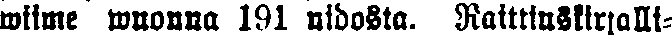
wiime wuonna 191 nidosta. Raittiuskirjalli-